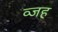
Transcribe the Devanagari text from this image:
व्जह